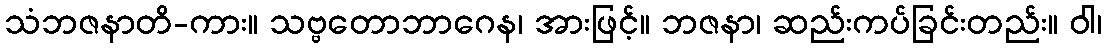
သံဘဇနာတိ-ကား။ သဗ္ဗတောဘာဂေန၊ အားဖြင့်။ ဘဇနာ၊ ဆည်းကပ်ခြင်းတည်း။ ဝါ၊